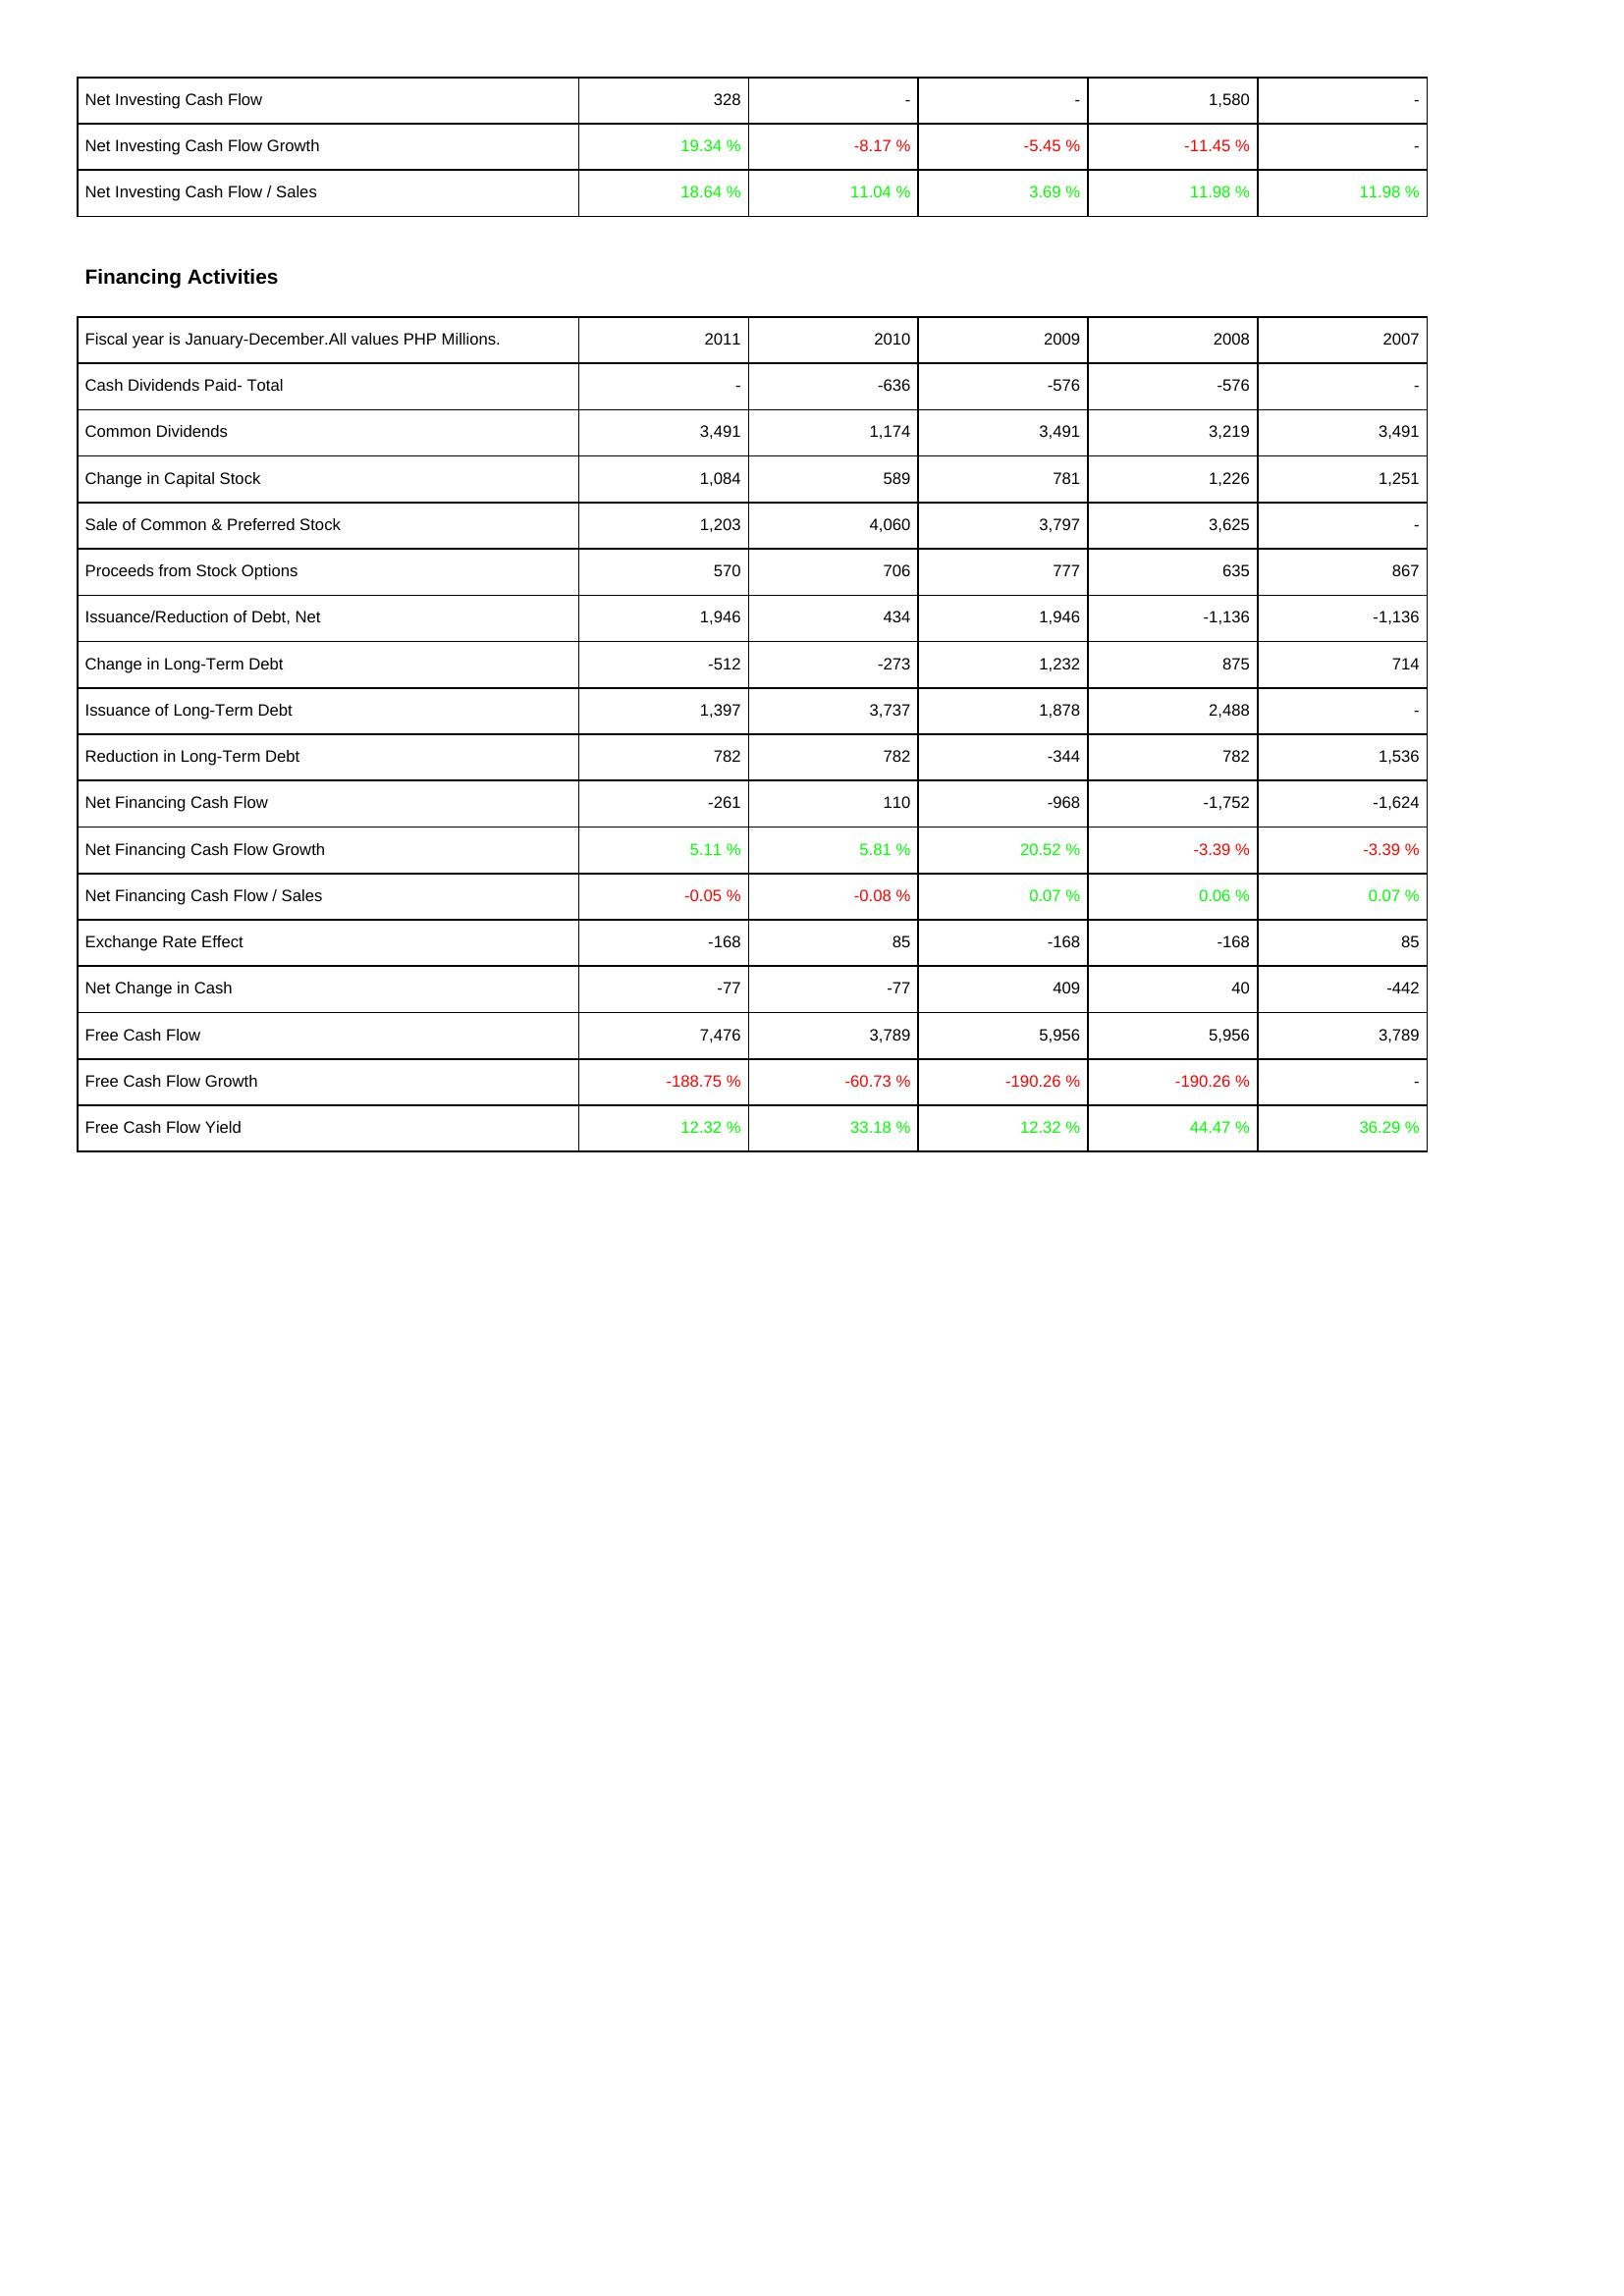
2011: Investing Activities: Net Investing Cash Flow: 328
Net Investing Cash Flow Growth: 19.34 %
Net Investing Cash Flow / Sales: 18.64 %
Financing Activities: Cash Dividends Paid- Total: -
Common Dividends: 3,491
Change in Capital Stock: 1,084
Sale of Common & Preferred Stock: 1,203
Proceeds from Stock Options: 570
Issuance/Reduction of Debt, Net: 1,946
Change in Long-Term Debt: -512
Issuance of Long-Term Debt: 1,397
Reduction in Long-Term Debt: 782
Net Financing Cash Flow: -261
Net Financing Cash Flow Growth: 5.11 %
Net Financing Cash Flow / Sales: -0.05 %
Exchange Rate Effect: -168
Net Change in Cash: -77
Free Cash Flow: 7,476
Free Cash Flow Growth: -188.75 %
Free Cash Flow Yield: 12.32 %
2010: Investing Activities: Net Investing Cash Flow: -
Net Investing Cash Flow Growth: -8.17 %
Net Investing Cash Flow / Sales: 11.04 %
Financing Activities: Cash Dividends Paid- Total: -636
Common Dividends: 1,174
Change in Capital Stock: 589
Sale of Common & Preferred Stock: 4,060
Proceeds from Stock Options: 706
Issuance/Reduction of Debt, Net: 434
Change in Long-Term Debt: -273
Issuance of Long-Term Debt: 3,737
Reduction in Long-Term Debt: 782
Net Financing Cash Flow: 110
Net Financing Cash Flow Growth: 5.81 %
Net Financing Cash Flow / Sales: -0.08 %
Exchange Rate Effect: 85
Net Change in Cash: -77
Free Cash Flow: 3,789
Free Cash Flow Growth: -60.73 %
Free Cash Flow Yield: 33.18 %
2009: Investing Activities: Net Investing Cash Flow: -
Net Investing Cash Flow Growth: -5.45 %
Net Investing Cash Flow / Sales: 3.69 %
Financing Activities: Cash Dividends Paid- Total: -576
Common Dividends: 3,491
Change in Capital Stock: 781
Sale of Common & Preferred Stock: 3,797
Proceeds from Stock Options: 777
Issuance/Reduction of Debt, Net: 1,946
Change in Long-Term Debt: 1,232
Issuance of Long-Term Debt: 1,878
Reduction in Long-Term Debt: -344
Net Financing Cash Flow: -968
Net Financing Cash Flow Growth: 20.52 %
Net Financing Cash Flow / Sales: 0.07 %
Exchange Rate Effect: -168
Net Change in Cash: 409
Free Cash Flow: 5,956
Free Cash Flow Growth: -190.26 %
Free Cash Flow Yield: 12.32 %
2008: Investing Activities: Net Investing Cash Flow: 1,580
Net Investing Cash Flow Growth: -11.45 %
Net Investing Cash Flow / Sales: 11.98 %
Financing Activities: Cash Dividends Paid- Total: -576
Common Dividends: 3,219
Change in Capital Stock: 1,226
Sale of Common & Preferred Stock: 3,625
Proceeds from Stock Options: 635
Issuance/Reduction of Debt, Net: -1,136
Change in Long-Term Debt: 875
Issuance of Long-Term Debt: 2,488
Reduction in Long-Term Debt: 782
Net Financing Cash Flow: -1,752
Net Financing Cash Flow Growth: -3.39 %
Net Financing Cash Flow / Sales: 0.06 %
Exchange Rate Effect: -168
Net Change in Cash: 40
Free Cash Flow: 5,956
Free Cash Flow Growth: -190.26 %
Free Cash Flow Yield: 44.47 %
2007: Investing Activities: Net Investing Cash Flow: -
Net Investing Cash Flow Growth: -
Net Investing Cash Flow / Sales: 11.98 %
Financing Activities: Cash Dividends Paid- Total: -
Common Dividends: 3,491
Change in Capital Stock: 1,251
Sale of Common & Preferred Stock: -
Proceeds from Stock Options: 867
Issuance/Reduction of Debt, Net: -1,136
Change in Long-Term Debt: 714
Issuance of Long-Term Debt: -
Reduction in Long-Term Debt: 1,536
Net Financing Cash Flow: -1,624
Net Financing Cash Flow Growth: -3.39 %
Net Financing Cash Flow / Sales: 0.07 %
Exchange Rate Effect: 85
Net Change in Cash: -442
Free Cash Flow: 3,789
Free Cash Flow Growth: -
Free Cash Flow Yield: 36.29 %